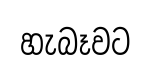
හැබෑවට